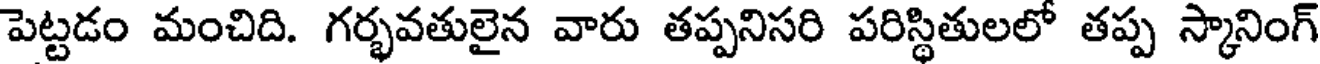
పెట్టడం మంచిది. గర్భవతులైన వారు తప్పనిసరి పరిస్థితులలో తప్ప స్కానింగ్